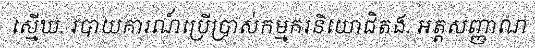
ស្មើឃ. របាយការណ៍ប្រើប្រាស់កម្មករនិយោជិតង. អត្តសញ្ញាណ